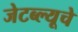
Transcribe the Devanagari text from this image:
जेटब्ल्यूचे